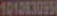
101083095